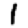
Digit: 1